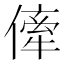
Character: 𠍉